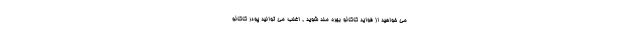
می خواهید از فواید کاکائو بهره مند شوید , اغلب می توانید پودر کاکائو